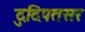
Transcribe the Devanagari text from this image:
दुदिपतसर